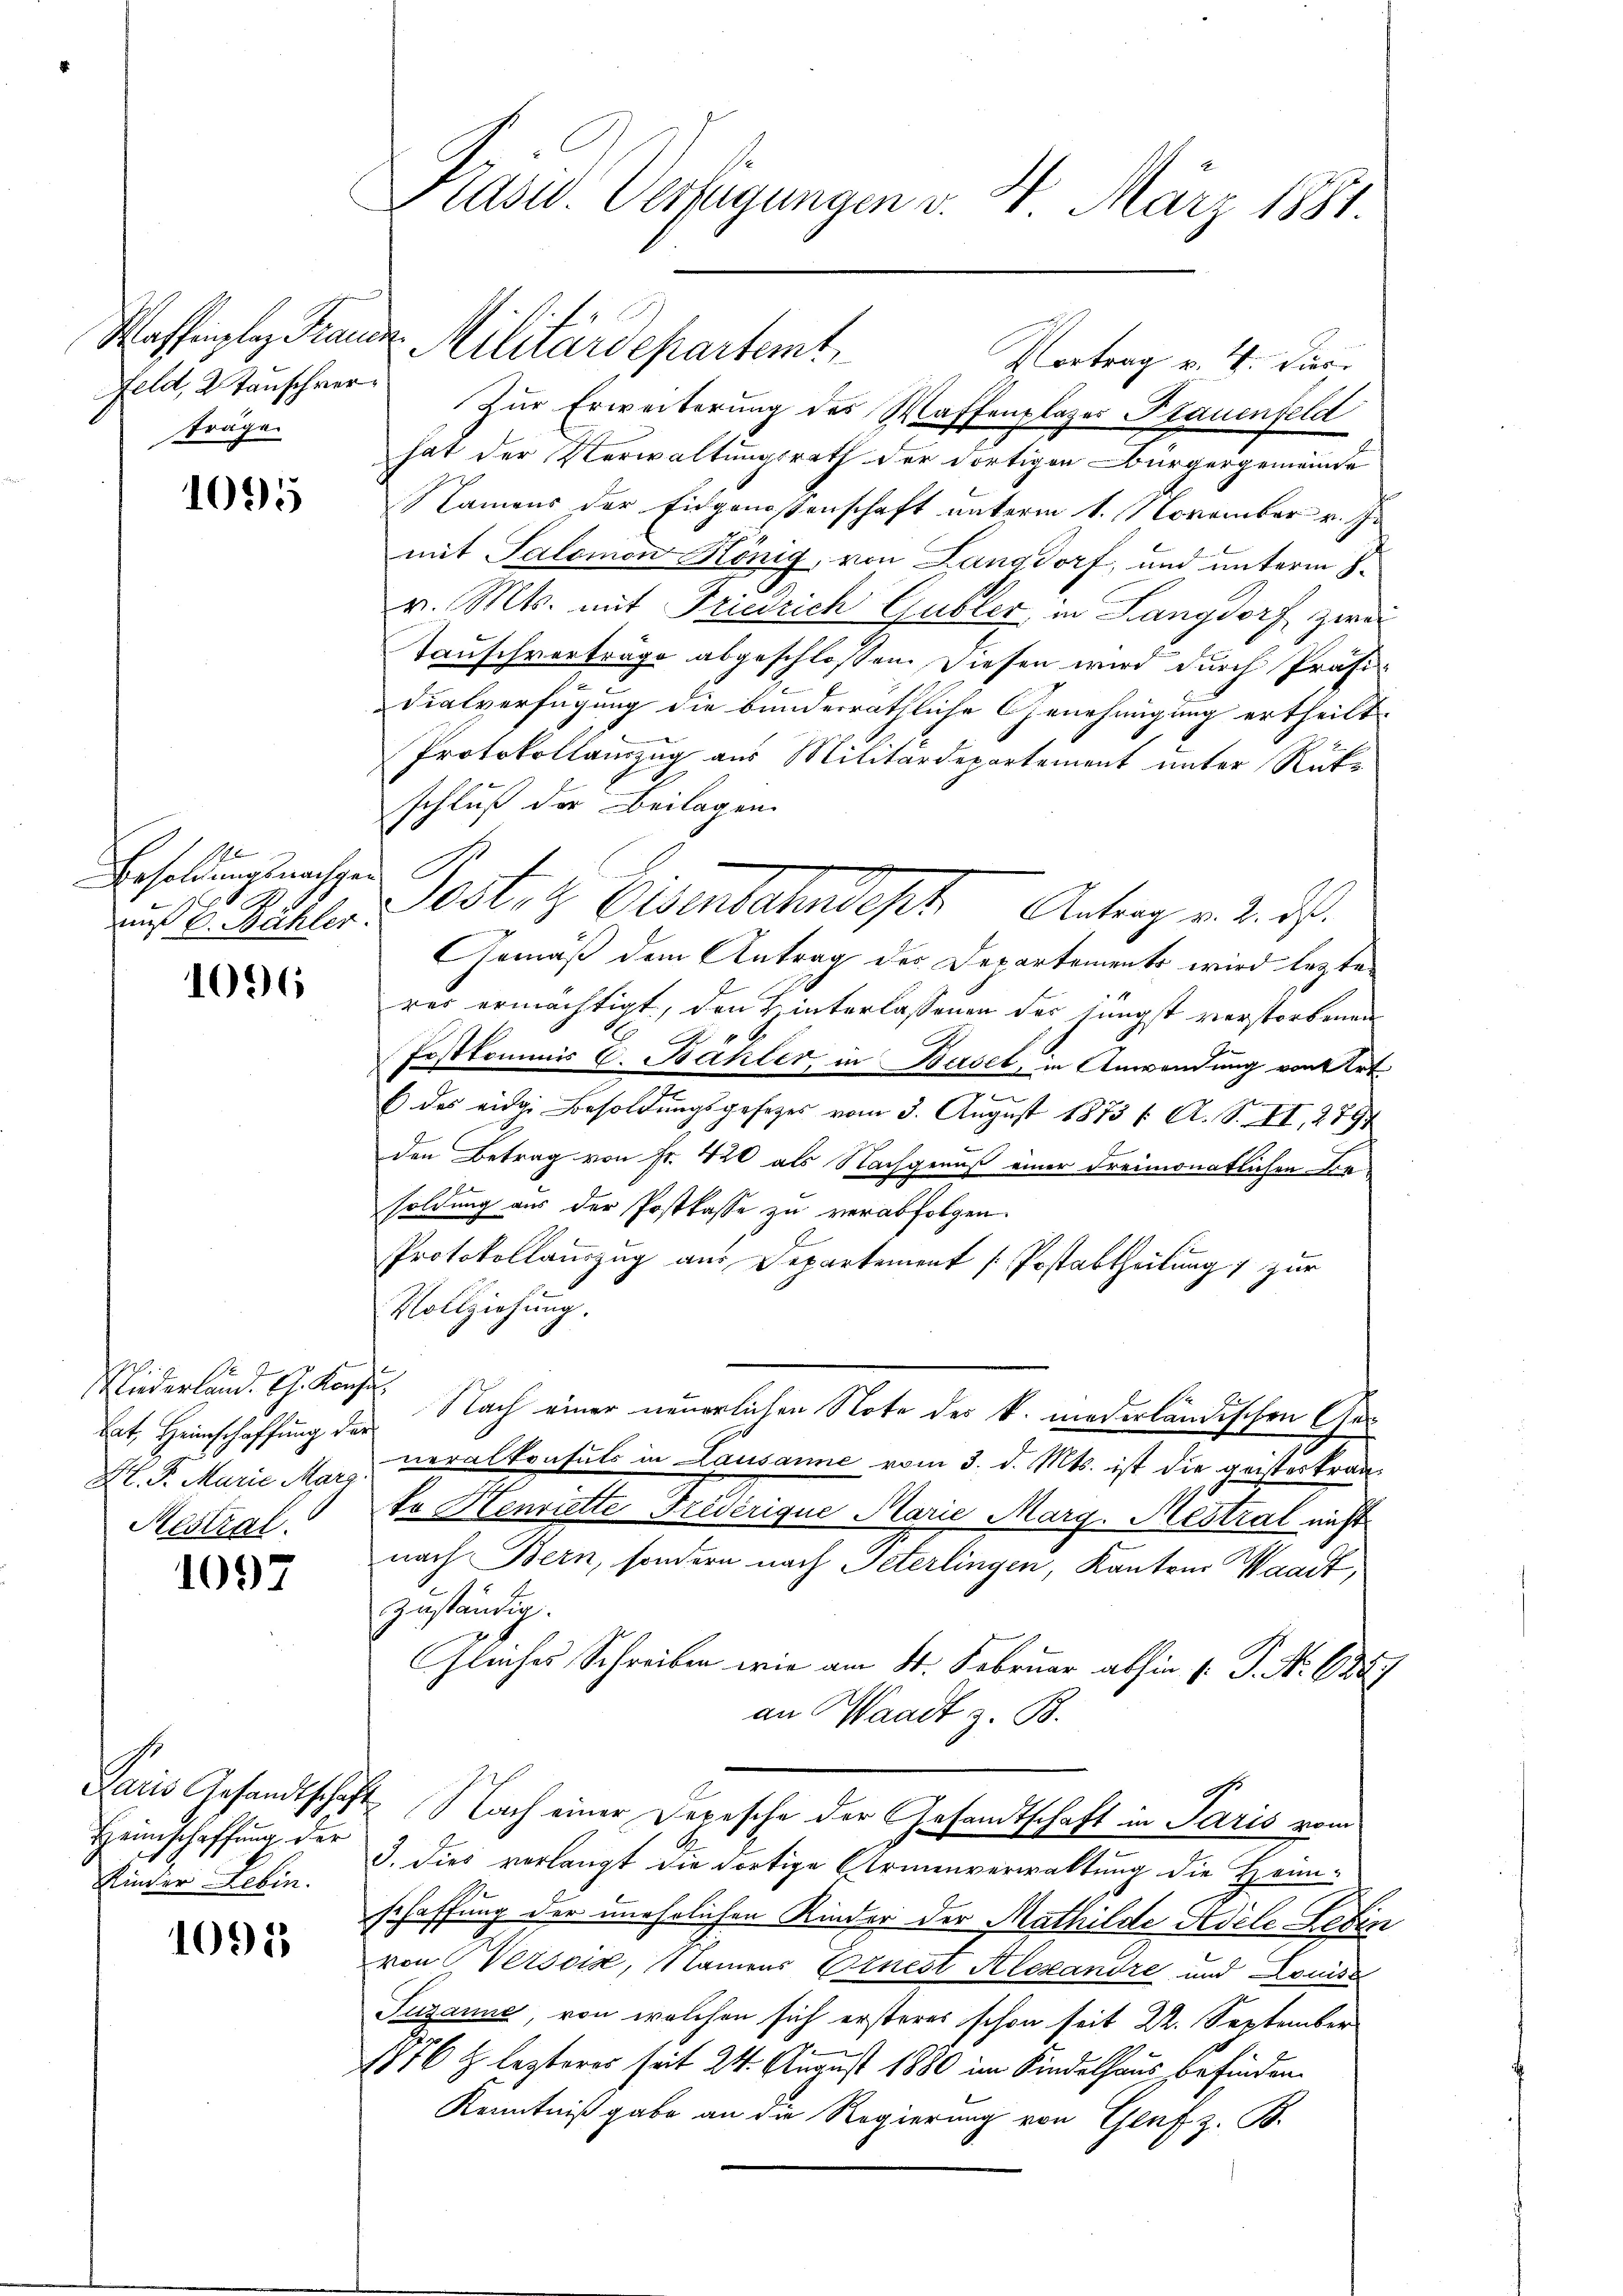
Waffenplaz Trauen
Feld, 2 Tauschverträge.

1095

Besoldungsnachgen
1
auß 6. Mahler.

1096

J
Niederland. G. Konsu
hat, Heimschaffung der
Mestral

1097

1
Heimschaffung der
Kinder Leben.

1095

Präsid. Verfügungen v. 4. März 1881.

Zur Erweiterung des Waffenplazer Plauenfeld
hat der Verwaltungsrath der dortigen Bürgergemeinde
NNamens der Eidgenossenschaft unterm 1. November v. J.
mit Salomon Hönig, von Langdorf, und unterm 8.
v. Mts. mit Friedrich Gubler in Langdorf zwei
Tauschverträge abgeschlossen. Diesen wird durch Präsi-
Dialverfügung die bunderräthliche Genehmigung ertheilt.
Protokollanzug aus Militärdepartement unter Rücke
schluß der Beilagen.
g
Gemäß dem Antrag des Departements wird legte
res ermächtigt, den Hinterlassenen der jüngst verstorbenen
Postkommis C. Bähler, in Basel, in Anwendung von Art
 des eidg. Besoldungsgesetzes vom 3. August 1873 f. A. S. II., 279
den Betrag von Fr. 420 als Nachgenuß einer dreimonatlichen Besoldung aus der Postkasse zu verabfolgen.
Protokollauszug aus Departement [Postattheilung 7 zur
Vollziehung.
Nach einer neuerlichen Note des k. niederländischen Ge¬
H. Pr. Marie Man veralkonsuls in Lausanne vom 3. d. Mts. ist die geisterkranko Henriette Frederique Marie Marg. Mestral nicht
nach Bern, sondern nach Peterlingen, Kantons Waadt,
zuständig.
Gleiches Schreiben wir am 21. Februar abhin 1. P. Nr. 1889
an Waadt z. B.
Paris Gesandtschaft Nach einer Depesche der Gesandtschaft in Paris vom
3. dies verlangt die dortige Armenverwaltung die Heim-
schaffung der unehrlichen Kinder der Mathilde Adele Leben
von Versois, Namens Ernest Alexandre und Louise
Susanne, von welchen sich ersteres schon seit 22. September
1876 f. lezteres seit 24. August 1880 im Kindelhaus befinden.
Kenntniß gabe an die Regierung von Genf z. B.

Militärdepartemt

Posten Eisenbahndet. Antrag v. d. d.

Vortrag v. 4. Dier.